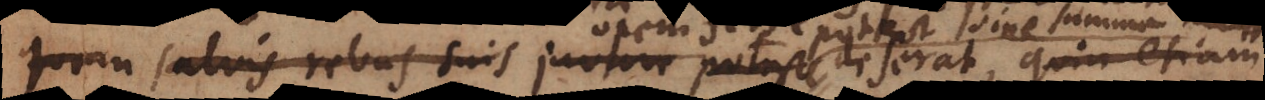
quem salvis rebus suis juvare potest, deserat, quin etiam